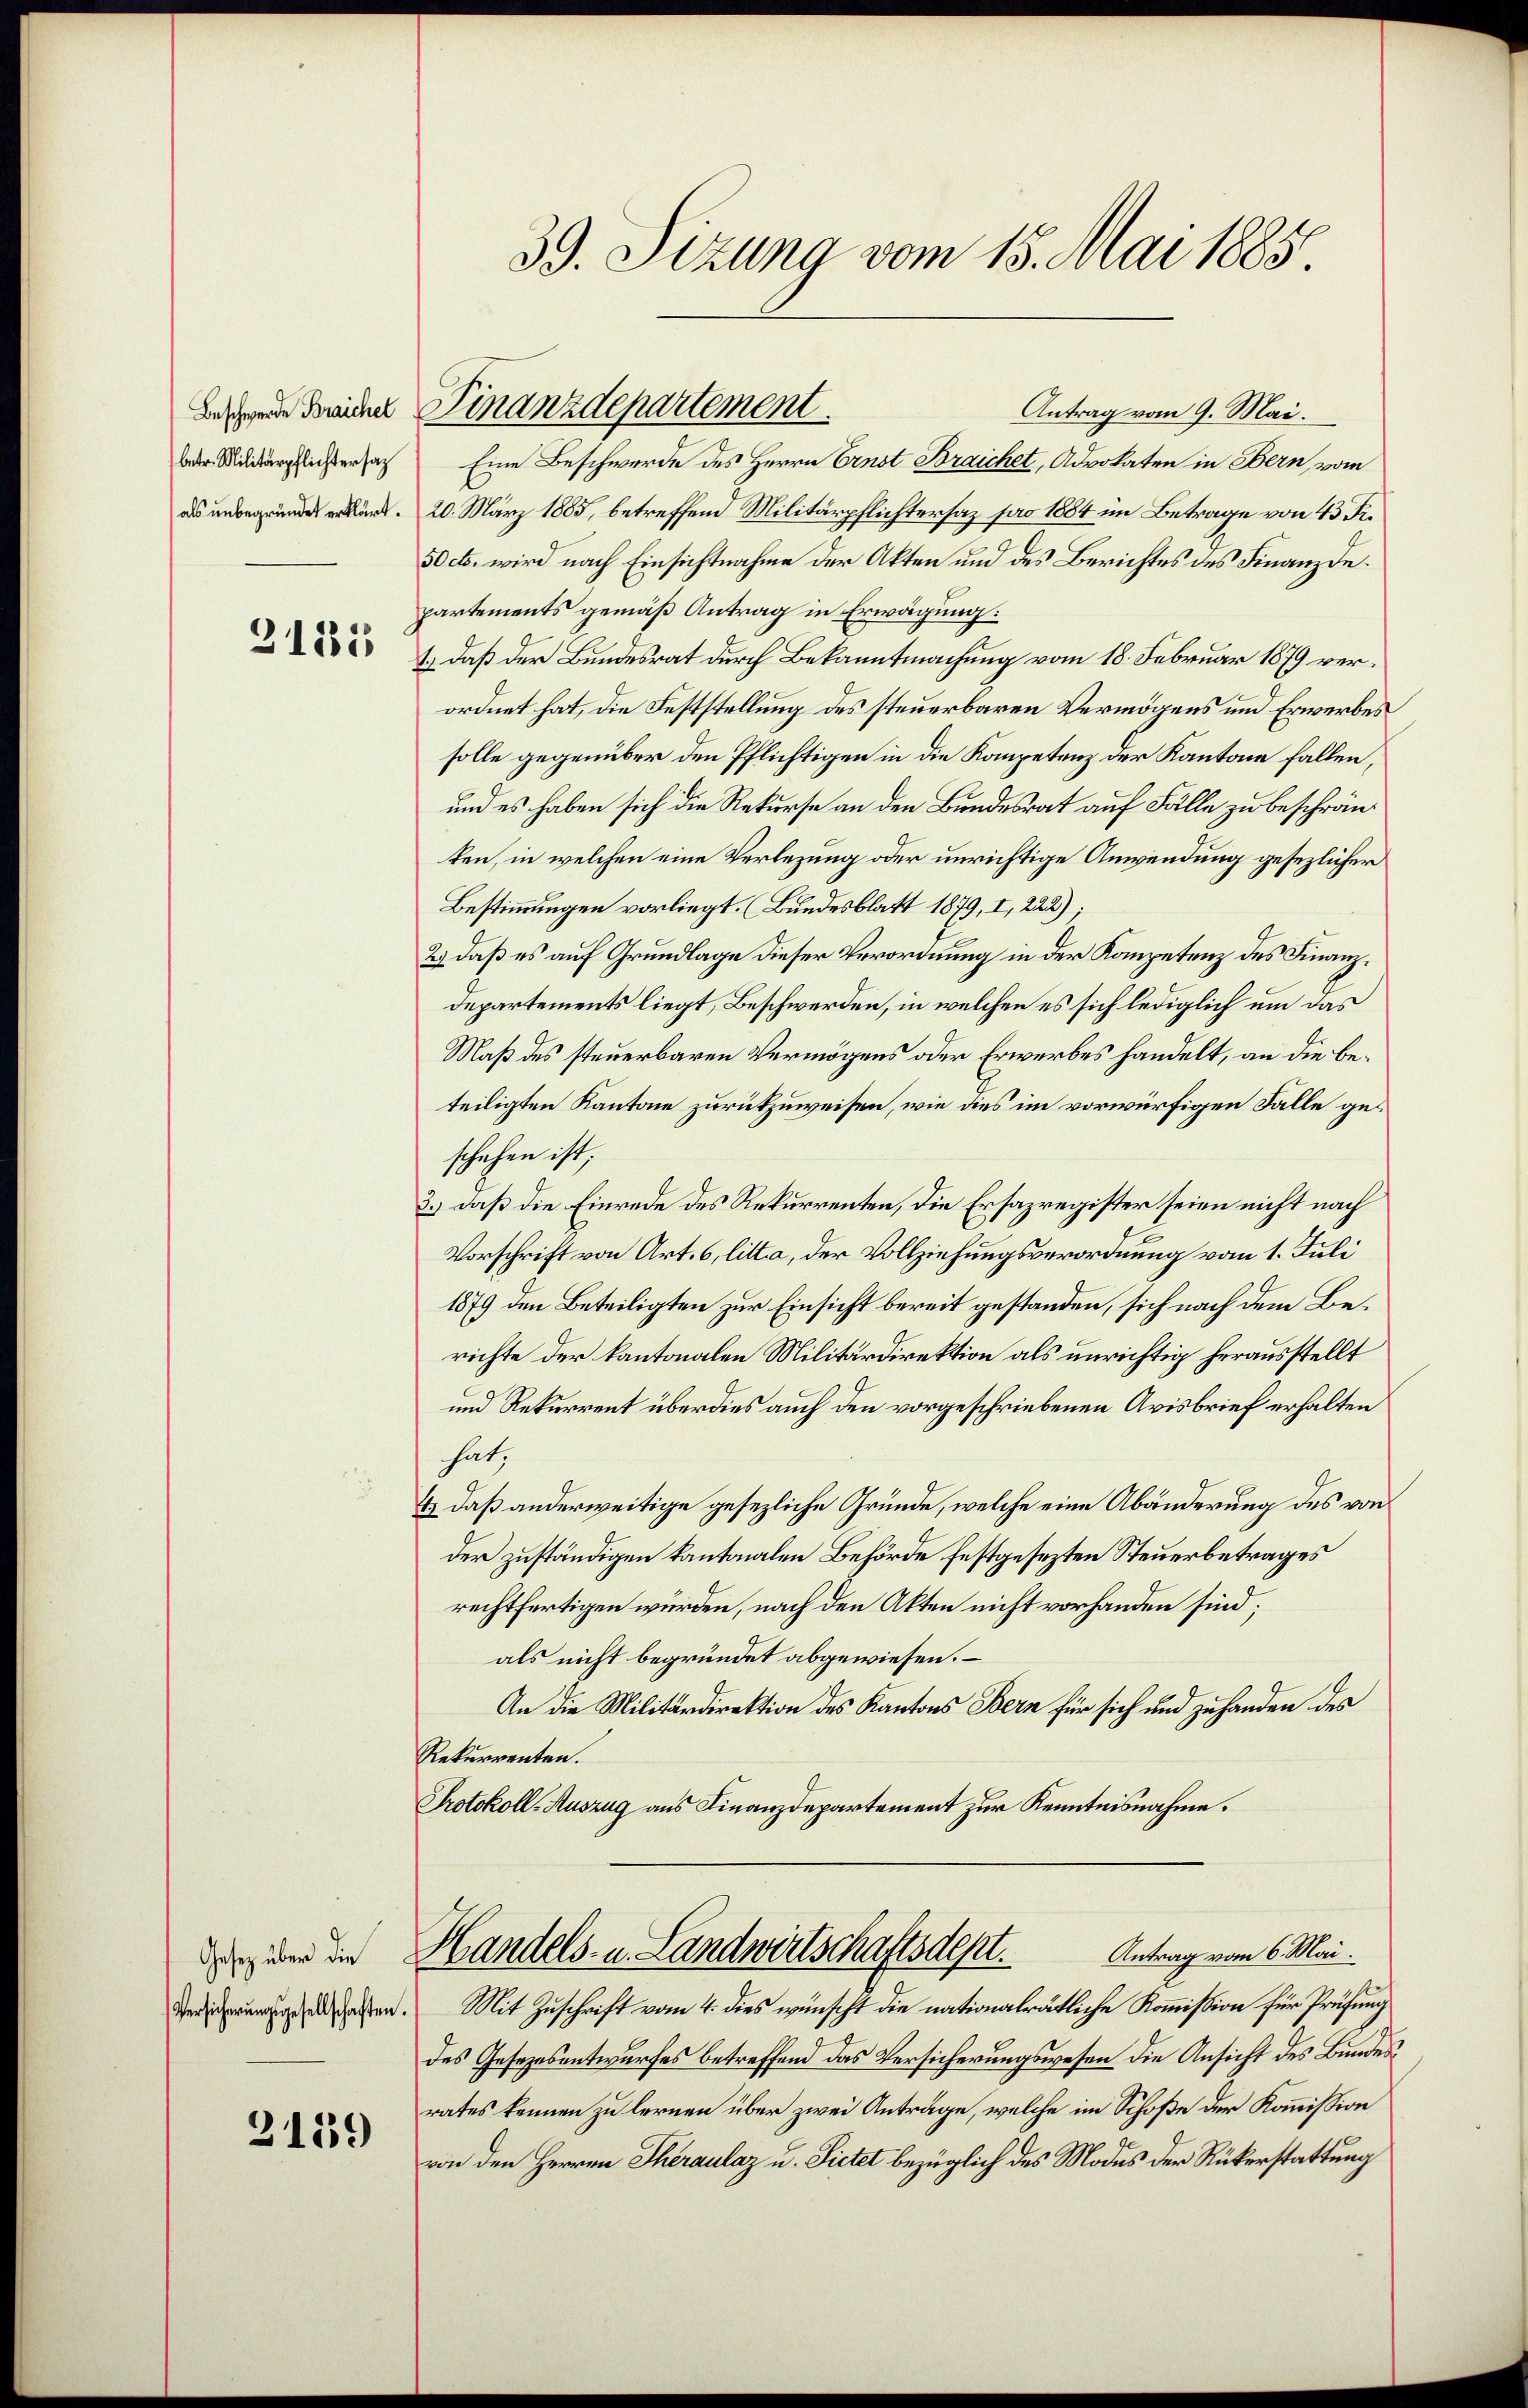
betr. Militärpflichtersat

3131

Gesetz über die
Versicherŭngsgesellschaften

3139

Antrag vom 9. Mai.
Eine Beschwerde des Herrn Ernst Braichet, Advokaten in Bern, vom
n. 20. März 1885, betreffend Militärpflichtersaz pro 1884 im Betrage von 43 Fr.
50 cts. wird nach Einsichtnahme der Akten und des Berichtes des Finanzdepartements gemäß Antrag in Erwägung:
1.) Daß der Bundesrat durch Bekanntmachung vom 18. Februar 1879 verordnet hat, die Feststellung des steuerbaren Vermögens und Erwerbes
solle gegenüber den Pflichtigen in die Kompetenz der Kantone fallen,
und es haben sich die Rekurse an den Bundesrat auf Fälle zu beschränken, in welchen eine Verlegung oder unrichtige Anwendung gesezlicher
Bestimmungen vorliegt. (Bundesblatt 1879, I, 222);
2.) daß es auf Grundlage dieser Verordnung in der Kompetenz des Finanzdepartements liegt, Beschwerden, in welchen es sich lediglich um das
Maß des steuerbaren Vermögens oder Erwerbes handelt, an die beteiligten Kantone zurükzuweisen, wie dies im vorwürfigen Fälle geschehen ist;
3.) Daß die Einrede des Rekurrenten, die Ersazregister seien nicht nach
Vorschrift von Art. 6, litta, der Vollziehungsverordnung vom 1. Juli
1879 den Beteiligten zur Einsicht bereit gestanden, sich nach dem Berichte der kantonalen Militärdirektion als unrichtig herausstellt
und Rekurrent überdies auch den vorgeschriebenen Avisbrief erhalten
hat;
&) daß anderweitige gesezliche Gründe, welche eine Abänderung des von
der zuständigen kantonalen Behörde festgesezten Steuerbetrages
rechtfertigen würden, nach den Akten nicht vorhanden sind;
als nicht begründet abgewiesen.
An die Militärdirektion des Kantons Bern für sich und zu handen des
Rekurrenten.
Protokoll-Auszug aus Finanzdepartement zur Kenntnisnahme.

39. Sizung vom 15. Mai 1885.

Bechen dreiche Finanzdepartement

Mit Zuschrift vom 4. dies wünscht die nationalrätliche Kommission für Prüfung
des Gesezesentwurfes betreffend das Versicherungswesen die Ansicht des Bundesrates kennen zu lernen über zwei Anträge, welche im Schoße der Kommission
von den Herren Theraulaz u. Sietet bezüglich des Modus der Rükerstattung

Handels- u. Landwirtschaftsdest. Antrag vom 6. Mai.